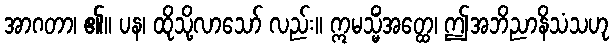
အာဂတာ၊ ၏။ ပန၊ ထိုသို့လာသော် လည်း။ ဣမသ္မိံအတ္ထေ၊ ဤအဘိညာနိသံသဟု